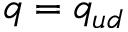
q = q _ { u d }